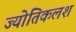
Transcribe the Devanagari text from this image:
ज्योतिकलश